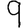
Digit: 9